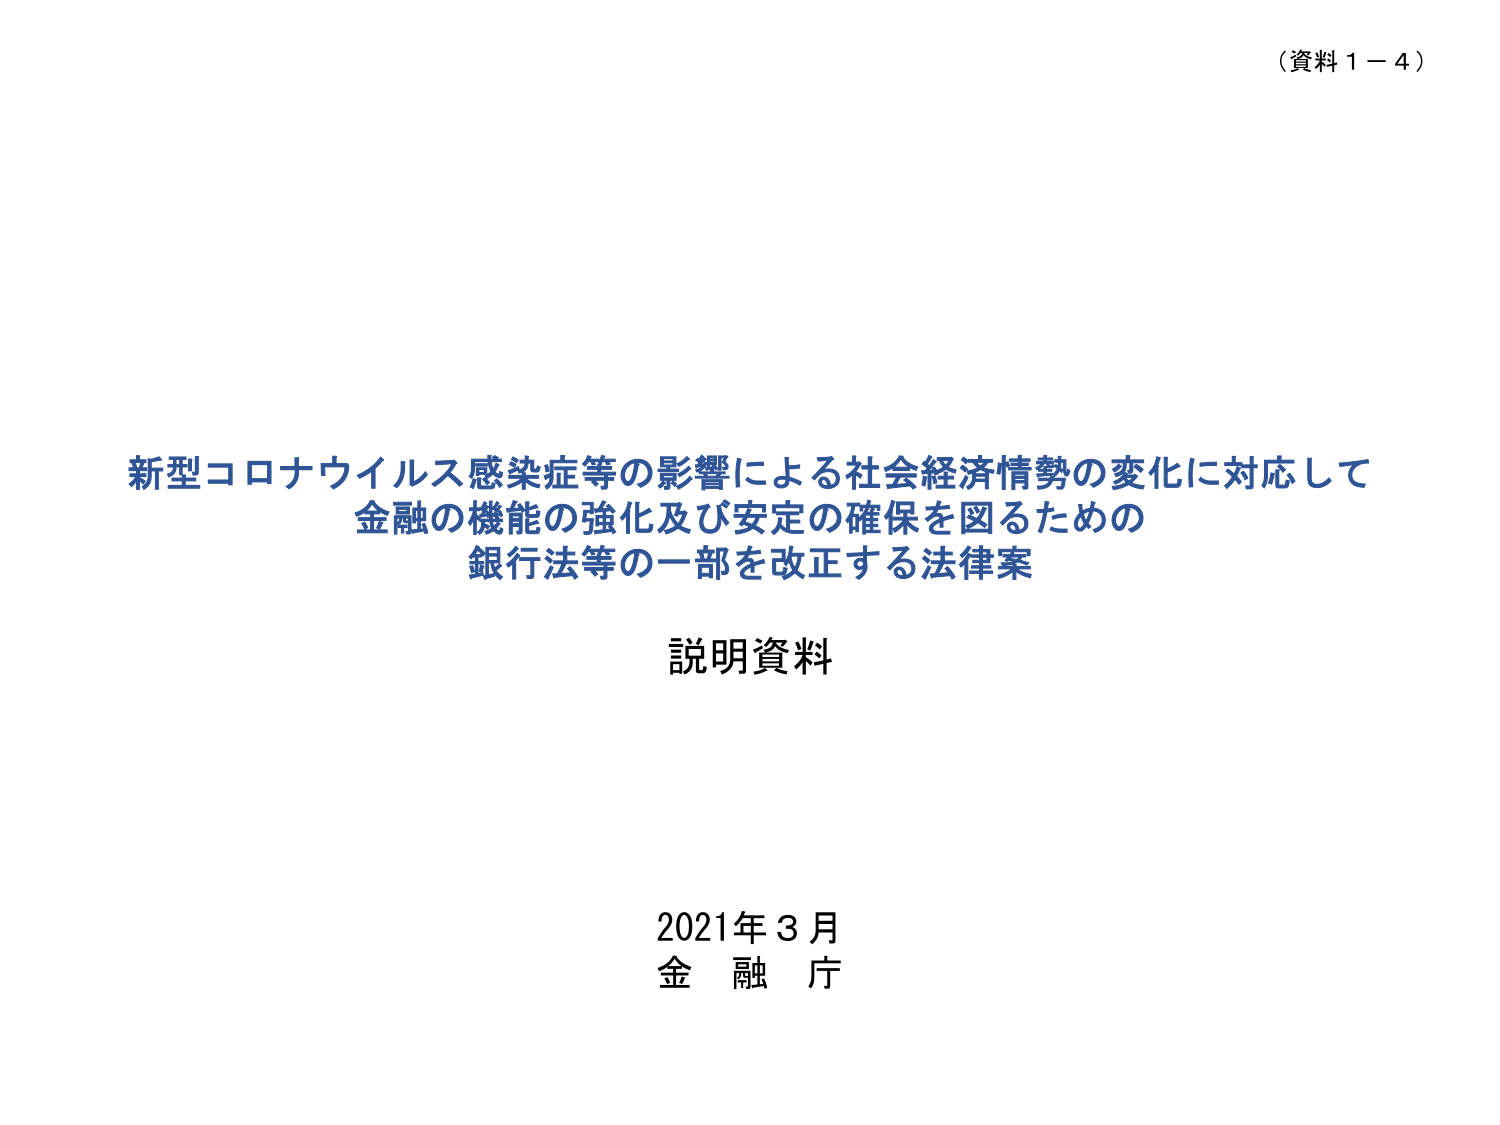
（資料１－４）

新型コロナウイルス感染症等の影響による社会経済情勢の変化に対応して
金融の機能の強化及び安定の確保を図るための
銀行法等の一部を改正する法律案

説明資料

2021年３月
金融庁